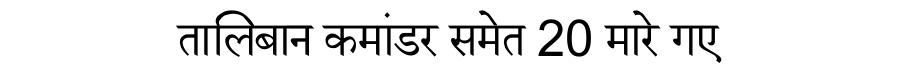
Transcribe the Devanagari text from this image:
तालिबान कमांडर समेत 20 मारे गए